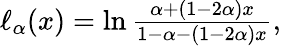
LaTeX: \begin{array}{r}{\ell_{\alpha}(x)=\ln\frac{\alpha+(1-2\alpha)x}{1-\alpha-(1-2\alpha)x},}\end{array}